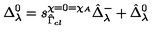
\Delta _ { \lambda } ^ { 0 } = s _ { \hat { \Gamma } _ { c l } } ^ { \chi = 0 = \chi _ { A } } \hat { \Delta } _ { \lambda } ^ { - } + \hat { \Delta } _ { \lambda } ^ { 0 }